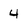
Character: 4